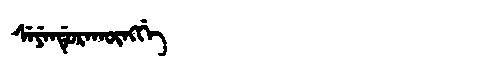
Manchu: ᠰᡝᠶᡝᠨᡩᡠᡵᠠᡴᡡᠩᡤᡝ
Romanization: SEYENDURAKŪNGGE